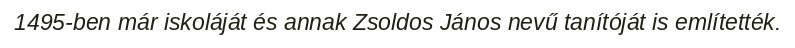
1495-ben már iskoláját és annak Zsoldos János nevű tanítóját is említették.